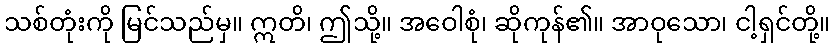
သစ်တုံးကို မြင်သည်မှ။ ဣတိ၊ ဤသို့။ အဝေါစုံ၊ ဆိုကုန်၏။ အာဝုသော၊ ငါ့ရှင်တို့။